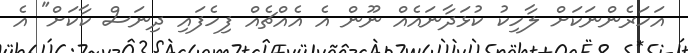
އަހަރެންނަކަށް ލާހިކު ކުޅަދާނައެއް ނޫން އެ އެއްޗެއް ފިހެފައި ދިނަސް ކާކަށް" އެ